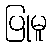
ပြုမူ